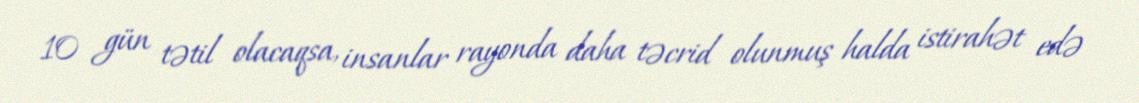
10 gün tətil olacaqsa, insanlar rayonda daha təcrid olunmuş halda istirahət edə